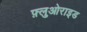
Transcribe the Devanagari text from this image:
फ़्लुओराइड